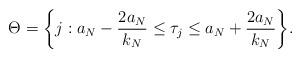
LaTeX: \begin{align*}\Theta = \bigg\{j: a_N - \frac{2a_N}{k_N} \leq \tau_j \leq a_N + \frac{2a_N}{k_N} \bigg\}.\end{align*}